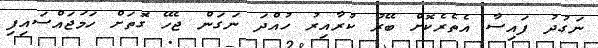
ނަގުދު ފައިސާ އެތެރެކޮށް ބޭރު ކުރާއިރު ހުއްދަ ނަގަން ޖެހޭ ގޮތަށް ހަމަޖައްސައިފި